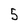
Character: 5